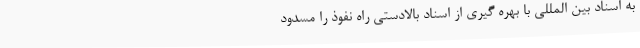
به اسناد بین المللی با بهره گیری از اسناد بالادستی راه نفوذ را مسدود